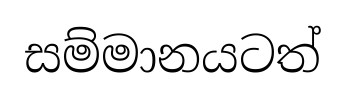
සම්මානයටත්